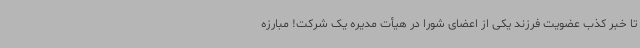
تا خبر کذب عضویت فرزند یکی از اعضای شورا در هیأت مدیره یک شرکت! مبارزه